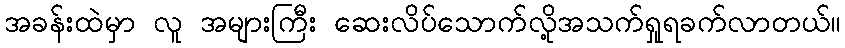
အခန်းထဲမှာ လူ အများကြီး ဆေးလိပ်သောက်လို့အသက်ရှုရခက်လာတယ်။